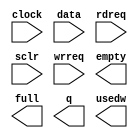
module small_fifo_test_72 (
	clock,
	data,
	rdreq,
	sclr,
	wrreq,
	empty,
	full,
	q,
	usedw);

	input	  clock;
	input	[71:0]  data;
	input	  rdreq;
	input	  sclr;
	input	  wrreq;
	output	  empty;
	output	  full;
	output	[71:0]  q;
	output	[7:0]  usedw;

endmodule